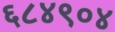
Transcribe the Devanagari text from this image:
६८४९०४